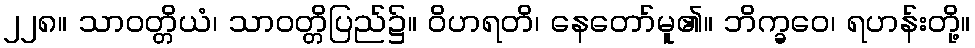
၂၂၈။ သာဝတ္တိယံ၊ သာဝတ္တိပြည်၌။ ဝိဟရတိ၊ နေတော်မူ၏။ ဘိက္ခဝေ၊ ရဟန်းတို့။